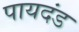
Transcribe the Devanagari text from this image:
पायदंड